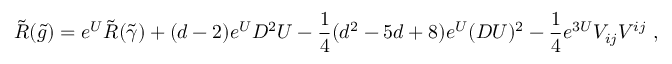
\tilde { R } ( \tilde { g } ) = e ^ { U } \tilde { R } ( \tilde { \gamma } ) + ( d - 2 ) e ^ { U } D ^ { 2 } U - { \frac { 1 } { 4 } } ( d ^ { 2 } - 5 d + 8 ) e ^ { U } ( D U ) ^ { 2 } - { \frac { 1 } { 4 } } e ^ { 3 U } V _ { i j } V ^ { i j } \ ,